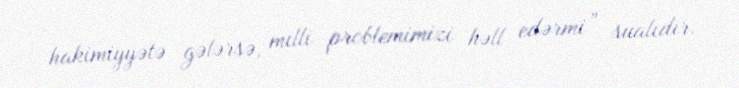
hakimiyyətə gələrsə, milli problemimizi həll edərmi” sualıdır.